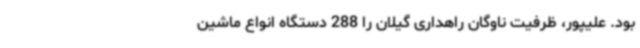
بود. علیپور، ظرفیت ناوگان راهداری گیلان را 288 دستگاه انواع ماشین